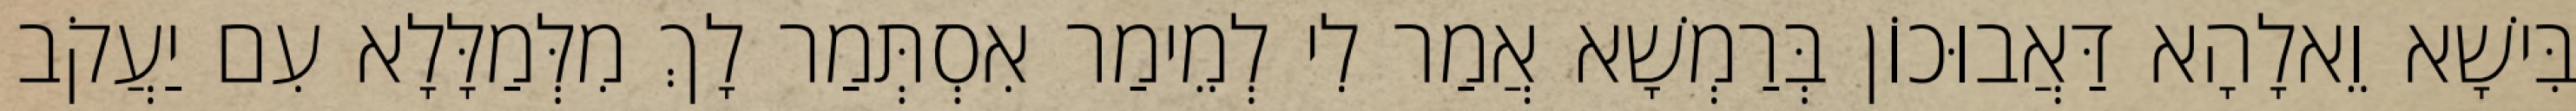
בִּישָׁא וֵאלָהָא דַּאֲבוּכוֹן בְּרַמְשָׁא אֲמַר לִי לְמֵימַר אִסְתְּמַר לָךְ מִלְּמַלָּלָא עִם יַעֲקֹב